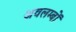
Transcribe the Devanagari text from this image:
अवलम्बों